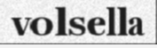
volsella